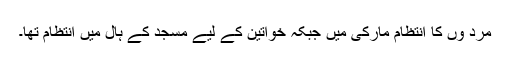
مرد وں کا انتظام مارکی میں جبکہ خواتین کے لیے مسجد کے ہال میں انتظام تھا۔